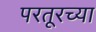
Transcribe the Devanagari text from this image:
परतूरच्या